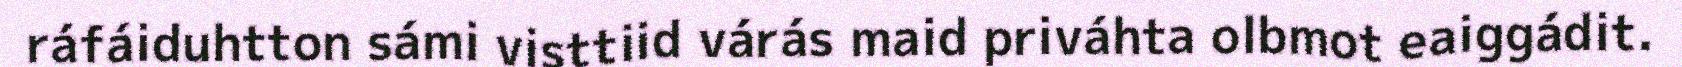
ráfáiduhtton sámi visttiid várás maid priváhta olbmot eaiggádit.